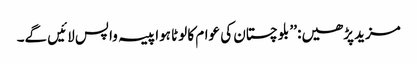
مزید پڑھیں: ’’ بلوچستان کی عوام کا لوٹا ہوا پیسہ واپس لائیں گے۔